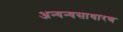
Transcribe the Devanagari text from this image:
अन्यन्यसाधारण